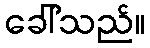
ခေါ်သည်။